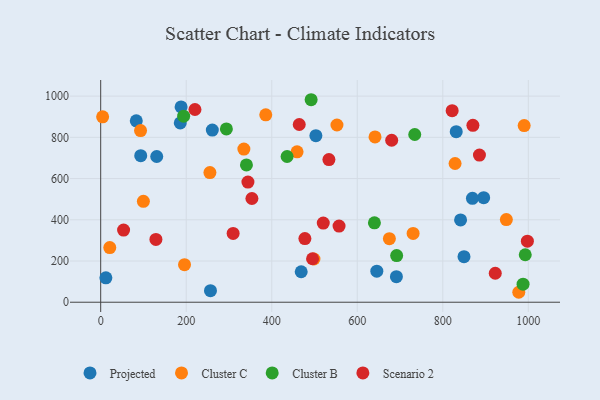
{"axis": {"x": "Experience", "y": "Rating"}, "legend": ["Cluster B", "Cluster C", "Projected", "Scenario 2"], "data": [{"x": "645.7", "y": 150.8, "type": "Projected"}, {"x": "691.5", "y": 124.1, "type": "Projected"}, {"x": "831.4", "y": 827.7, "type": "Projected"}, {"x": "93.6", "y": 711.1, "type": "Projected"}, {"x": "131.0", "y": 707.0, "type": "Projected"}, {"x": "83.2", "y": 880.3, "type": "Projected"}, {"x": "841.6", "y": 399.2, "type": "Projected"}, {"x": "849.6", "y": 221.0, "type": "Projected"}, {"x": "468.9", "y": 147.9, "type": "Projected"}, {"x": "188.0", "y": 947.5, "type": "Projected"}, {"x": "895.6", "y": 507.4, "type": "Projected"}, {"x": "256.7", "y": 55.9, "type": "Projected"}, {"x": "186.1", "y": 869.8, "type": "Projected"}, {"x": "503.2", "y": 808.3, "type": "Projected"}, {"x": "12.1", "y": 118.4, "type": "Projected"}, {"x": "261.0", "y": 835.2, "type": "Projected"}, {"x": "869.3", "y": 504.3, "type": "Projected"}, {"x": "196.0", "y": 182.2, "type": "Cluster C"}, {"x": "977.7", "y": 48.3, "type": "Cluster C"}, {"x": "21.2", "y": 265.4, "type": "Cluster C"}, {"x": "99.8", "y": 489.8, "type": "Cluster C"}, {"x": "730.6", "y": 333.8, "type": "Cluster C"}, {"x": "828.7", "y": 673.1, "type": "Cluster C"}, {"x": "459.2", "y": 729.7, "type": "Cluster C"}, {"x": "552.5", "y": 859.8, "type": "Cluster C"}, {"x": "498.7", "y": 209.7, "type": "Cluster C"}, {"x": "334.8", "y": 743.1, "type": "Cluster C"}, {"x": "4.5", "y": 899.3, "type": "Cluster C"}, {"x": "386.0", "y": 909.3, "type": "Cluster C"}, {"x": "93.2", "y": 832.9, "type": "Cluster C"}, {"x": "948.6", "y": 400.8, "type": "Cluster C"}, {"x": "675.1", "y": 308.5, "type": "Cluster C"}, {"x": "641.5", "y": 802.2, "type": "Cluster C"}, {"x": "990.3", "y": 856.9, "type": "Cluster C"}, {"x": "255.4", "y": 629.1, "type": "Cluster C"}, {"x": "640.1", "y": 385.2, "type": "Cluster B"}, {"x": "692.1", "y": 226.4, "type": "Cluster B"}, {"x": "340.8", "y": 666.3, "type": "Cluster B"}, {"x": "435.9", "y": 707.0, "type": "Cluster B"}, {"x": "992.8", "y": 230.4, "type": "Cluster B"}, {"x": "194.0", "y": 902.5, "type": "Cluster B"}, {"x": "293.9", "y": 840.6, "type": "Cluster B"}, {"x": "987.7", "y": 87.5, "type": "Cluster B"}, {"x": "734.4", "y": 813.7, "type": "Cluster B"}, {"x": "492.1", "y": 982.5, "type": "Cluster B"}, {"x": "680.5", "y": 785.8, "type": "Scenario 2"}, {"x": "870.4", "y": 858.5, "type": "Scenario 2"}, {"x": "533.7", "y": 691.9, "type": "Scenario 2"}, {"x": "220.4", "y": 935.1, "type": "Scenario 2"}, {"x": "557.4", "y": 369.7, "type": "Scenario 2"}, {"x": "53.5", "y": 349.9, "type": "Scenario 2"}, {"x": "129.1", "y": 304.5, "type": "Scenario 2"}, {"x": "922.7", "y": 140.6, "type": "Scenario 2"}, {"x": "997.8", "y": 296.0, "type": "Scenario 2"}, {"x": "520.5", "y": 383.9, "type": "Scenario 2"}, {"x": "353.6", "y": 503.2, "type": "Scenario 2"}, {"x": "464.3", "y": 862.4, "type": "Scenario 2"}, {"x": "821.9", "y": 929.6, "type": "Scenario 2"}, {"x": "885.7", "y": 713.9, "type": "Scenario 2"}, {"x": "344.3", "y": 582.9, "type": "Scenario 2"}, {"x": "495.4", "y": 211.0, "type": "Scenario 2"}, {"x": "477.5", "y": 309.0, "type": "Scenario 2"}, {"x": "309.7", "y": 333.6, "type": "Scenario 2"}]}